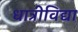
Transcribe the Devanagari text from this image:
धात्रीविद्या